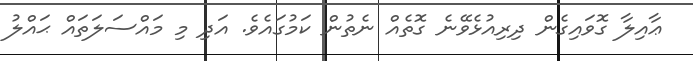
ޢާއިލާ ގޮވައިގެން ދިރިއުޅެވޭނެ ގޮތެއް ނެތުން ކަމުގައެވެ. އަދި މި މައްސަލަތައް ޙައްލު